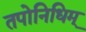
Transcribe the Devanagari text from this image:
तपोनिधिम्